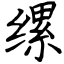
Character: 缧